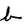
Character: b